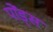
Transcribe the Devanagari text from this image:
पोंड्स